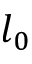
l _ { 0 }